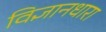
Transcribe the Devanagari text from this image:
विज्ञानधारा